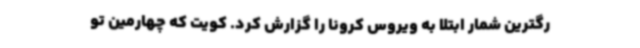
رگترین شمار ابتلا به ویروس کرونا را گزارش کرد. کویت که چهارمین تو